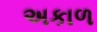
અકાળ